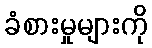
ခံစားမှုများကို